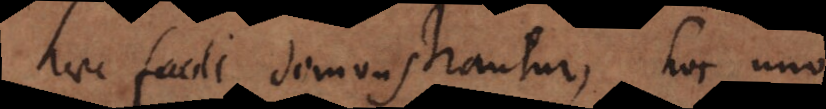
haec facile demonstrantur, hoc uno